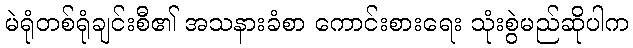
မဲရုံတစ်ရုံချင်းစီ၏ အသနားခံစာ ကောင်းစားရေး သုံးစွဲမည်ဆိုပါက